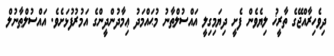
ދިވެހިރާއްޖޭގެ ތާރީޚު ލިޔެވެން ފެށީ ދިޔަމިގިލީ އައްސުލްޠާނު މުޙައްމަދު ޢިމާދުންދީންގެ އަމުރުފުޅަށެވެ. އައްސުލްޠާނުލް